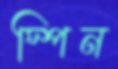
স্পিন